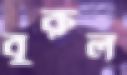
বুরুল